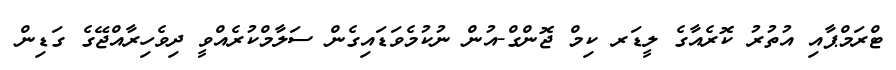
ޓްރަމްޕާއި އުތުރު ކޮރެއާގެ ލީޑަރ ކިމް ޖޮންގް-އުން ނުކުމެވަޑައިގެން ސަލާމްކުރެއްވީ ދިވެހިރާއްޖޭގެ ގަޑިން